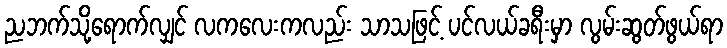
ညဘက်သို့ရောက်လျှင် လကလေးကလည်း သာသဖြင့် ပင်လယ်ခရီးမှာ လွမ်းဆွတ်ဖွယ်ရာ